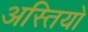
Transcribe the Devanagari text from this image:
अस्तियो